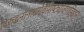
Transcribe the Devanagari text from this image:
विरुद्धनानाधर्मवैशिष्ट्यावगाहिज्ञानं